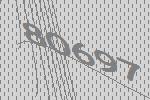
80697